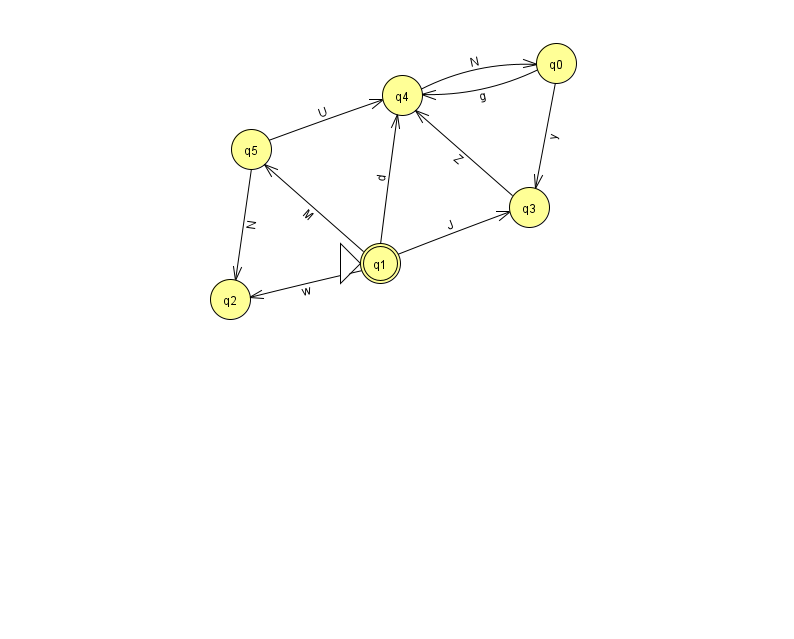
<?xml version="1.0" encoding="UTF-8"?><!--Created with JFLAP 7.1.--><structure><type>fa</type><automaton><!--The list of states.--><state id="0" name="q0"><x>556.0</x><y>50.0</y></state><state id="1" name="q1"><x>380.0</x><y>250.0</y><initial/><final/></state><state id="2" name="q2"><x>230.0</x><y>286.0</y></state><state id="3" name="q3"><x>529.0</x><y>194.0</y></state><state id="4" name="q4"><x>402.0</x><y>82.0</y></state><state id="5" name="q5"><x>251.0</x><y>136.0</y></state><!--The list of transitions.--><transition><from>1</from><to>5</to><read>M</read></transition><transition><from>0</from><to>4</to><read>g</read></transition><transition><from>3</from><to>4</to><read>Z</read></transition><transition><from>5</from><to>4</to><read>U</read></transition><transition><from>0</from><to>3</to><read>y</read></transition><transition><from>1</from><to>3</to><read>J</read></transition><transition><from>4</from><to>0</to><read>N</read></transition><transition><from>5</from><to>2</to><read>N</read></transition><transition><from>1</from><to>2</to><read>w</read></transition><transition><from>1</from><to>4</to><read>d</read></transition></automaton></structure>